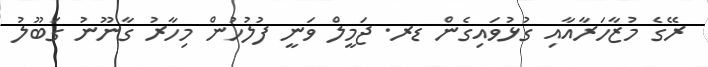
ރޭގެ މުޒާހަރާއާއި ގުޅުވައިގެން ޑރ. ޖަމީލް ވަނީ ފުލުހުން މިހާރު ގާނޫނު ގަބޫލު